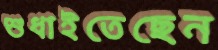
শুধাইতেছেন